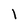
Character: l